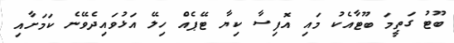
ބޫޓު ގަތީމަ ބޫޓާއެކު މައި އޮފިސާ ކިޔާ ޓޭޕެއް ހިލޭ އަޅުވައިދެވޭނެ ކަމަށާއި